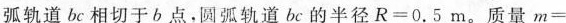
弧轨道bc相切于b点。圆弧轨道bc的半径R=0.5m。质量m=